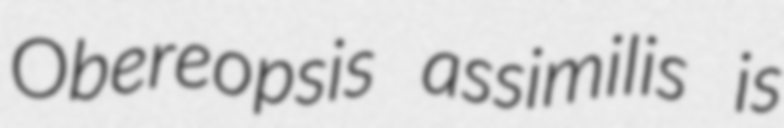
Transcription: Obereopsis assimilis is